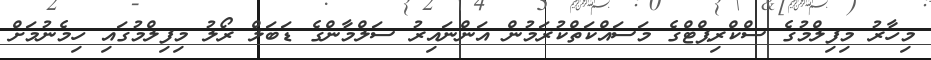
މިހާރު މިފިލްމުގެ ސްކްރިޕްޓްގެ މަސައްކަތްކުރަމުން އަންނައިރު ސަލްމާންގެ ޑަބަލް ރޯލު މިފިލްމުގައި ހިމެނުމަށް